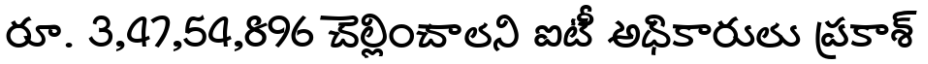
రూ. 3,47,54,896 చెల్లించాలని ఐటీ అధికారులు ప్రకాశ్